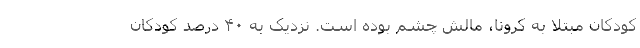
کودکان مبتلا به کرونا، مالش چشم بوده است. نزدیک به ۴۰ درصد کودکان